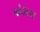
જોડાવા